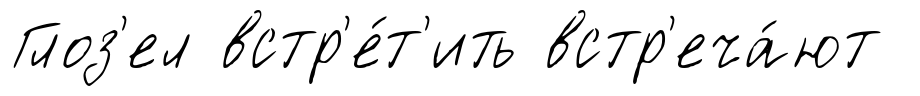
Глоз'ел встр'е́т'ить встр'еча́ют